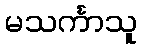
မသင်္ကာသူ